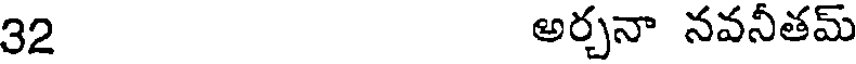
32 అర్చనా నవనీతమ్